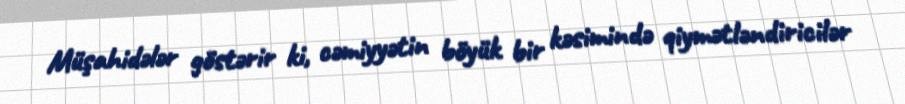
Müşahidələr göstərir ki, cəmiyyətin böyük bir kəsimində qiymətləndiricilər